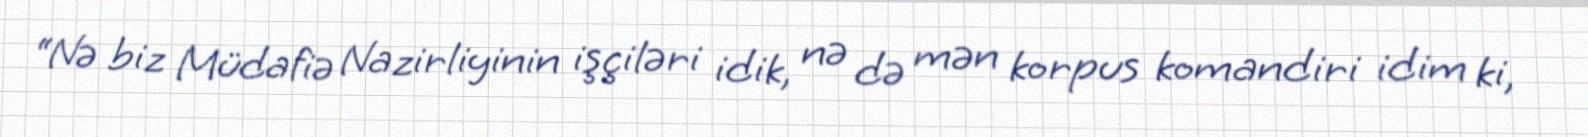
“Nə biz Müdafiə Nazirliyinin işçiləri idik, nə də mən korpus komandiri idim ki,